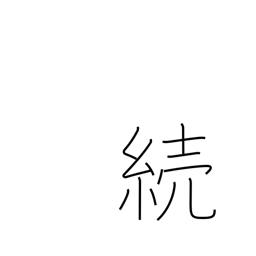
Meaning: sequel